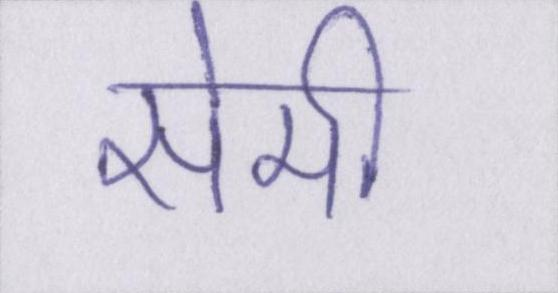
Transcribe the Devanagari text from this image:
सेमी